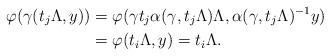
LaTeX: \begin{align*}\varphi(\gamma(t_{j}\Lambda, y)) &=\varphi(\gamma t_{j}\alpha(\gamma, t_{j}\Lambda)\Lambda, \alpha(\gamma, t_{j}\Lambda)^{-1}y) \\ &=\varphi(t_{i}\Lambda,y)=t_{i}\Lambda.\end{align*}